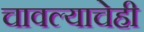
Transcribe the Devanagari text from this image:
चावल्याचेही